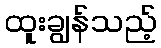
ထူးချွန်သည့်